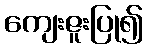
ကျေးဇူးပြု၍